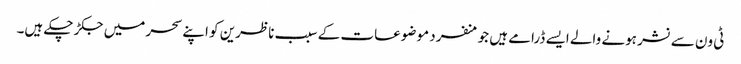
ٹی ون سے نشر ہونے والے ایسے ڈرامے ہیں جو منفرد موضوعات کے سبب ناظرین کو اپنے سحر میں جکڑ چکے ہیں۔